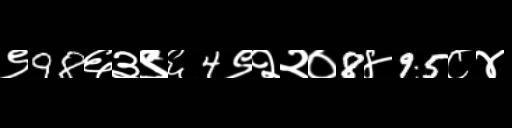
Text: ९98६३९६4९२२०8४95८४